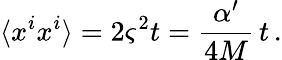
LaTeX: \langle x^{i}x^{i}\rangle=2\varsigma^{2}t=\frac{\alpha^{\prime}}{4M}\, t\, .